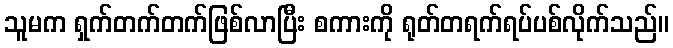
သူမက ရှက်တက်တက်ဖြစ်လာပြီး စကားကို ရုတ်တရက်ရပ်ပစ်လိုက်သည်။